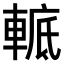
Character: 𨌮